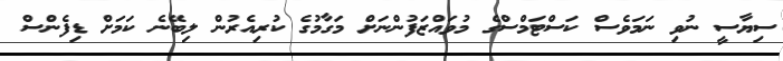
ސިޔާސީ ނުވި ނަމަވެސް ކަސްޓަމްސްގެ މުވައްޒަފުންނަށް މަގާމުގެ ކުރިއެރުން ލިބޭނެ ކަމަށް ޑިފެންސް